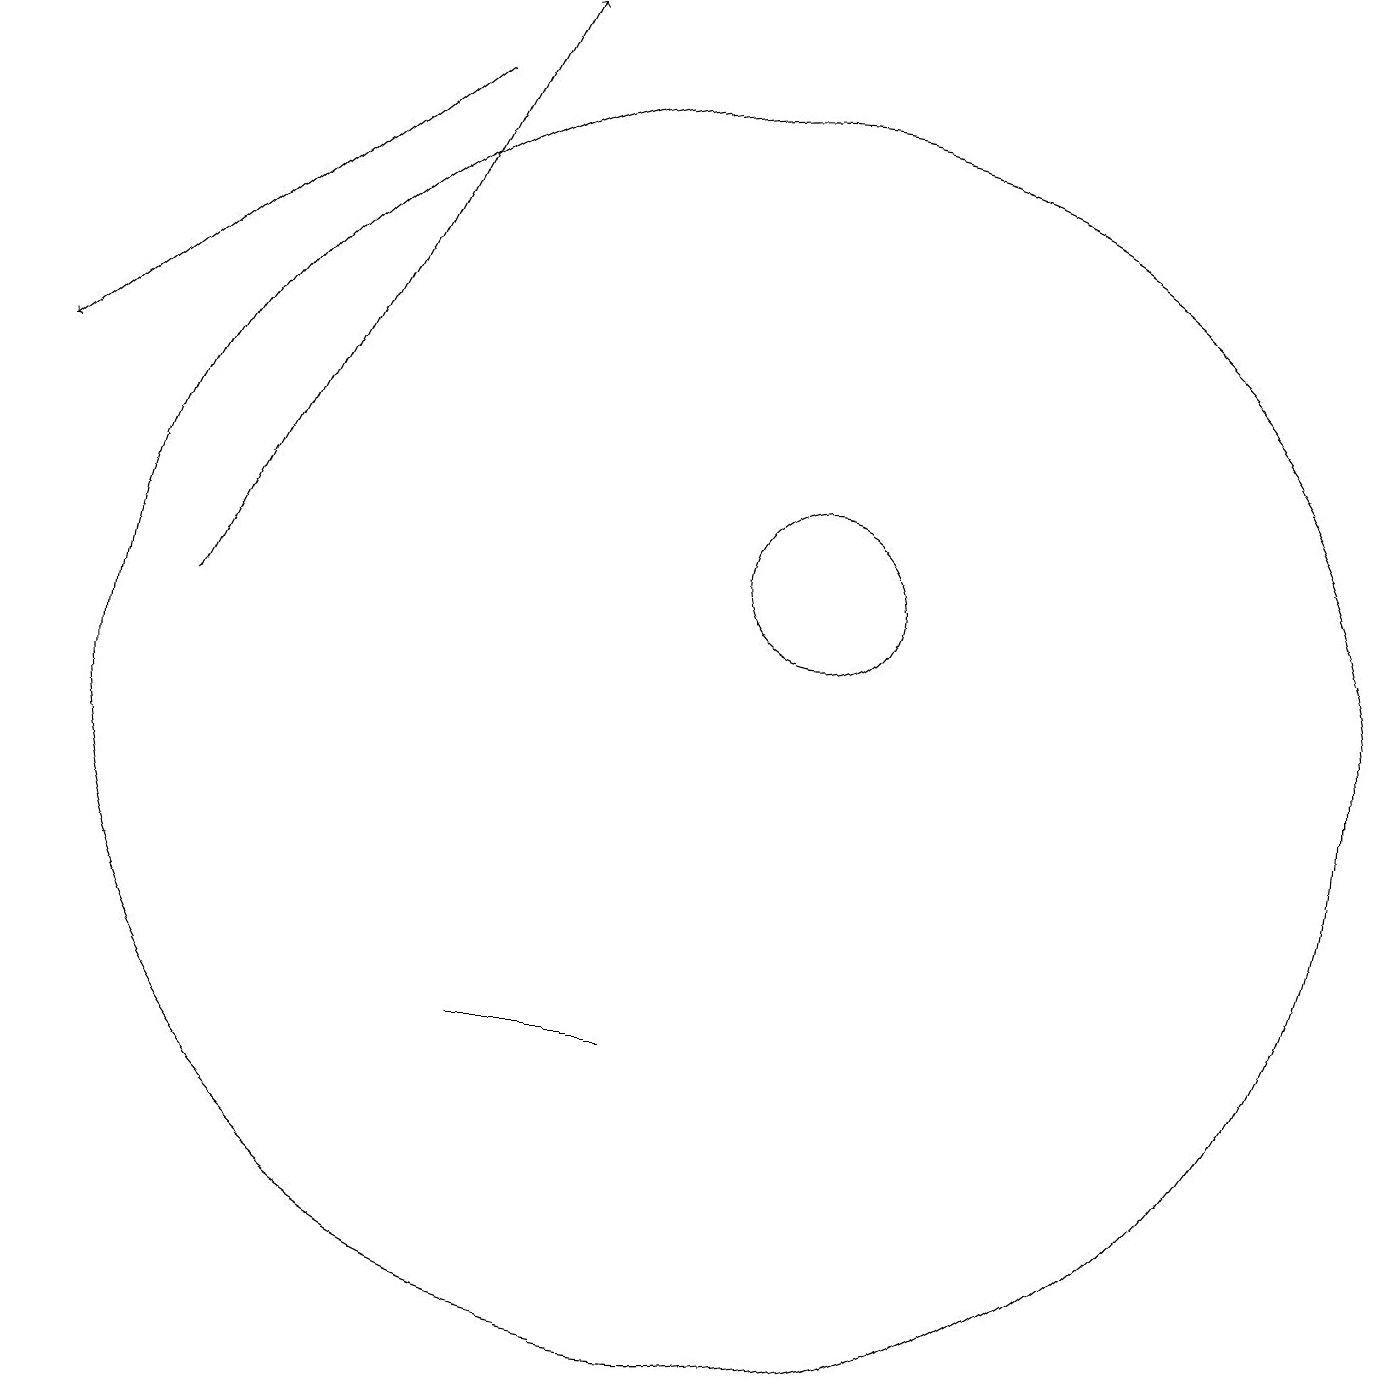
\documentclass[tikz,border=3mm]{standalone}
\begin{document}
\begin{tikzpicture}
\draw (10,10) circle (8);
\draw (7,6) -- (7,6) -- (9,6) -- cycle;
\draw[->] (6,18) -- (1,14);
\draw (11,12) circle (1);
\draw[->] (3,11) -- (7,19);
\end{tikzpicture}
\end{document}